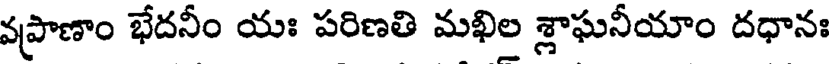
వప్రాణాం భేదనీం యః పరిణతి మఖిల శ్లాఘనీయాం దధానః